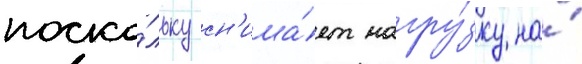
поско́льку сн'ижа́ет нагру́зку на́